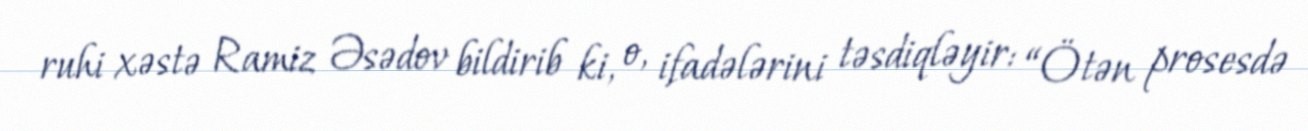
ruhi xəstə Ramiz Əsədov bildirib ki, o, ifadələrini təsdiqləyir: “Ötən prosesdə